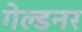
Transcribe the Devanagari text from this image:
गेल्डनर